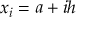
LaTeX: x _ { i } = a + i h